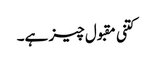
کتنی مقبول چیز ہے۔